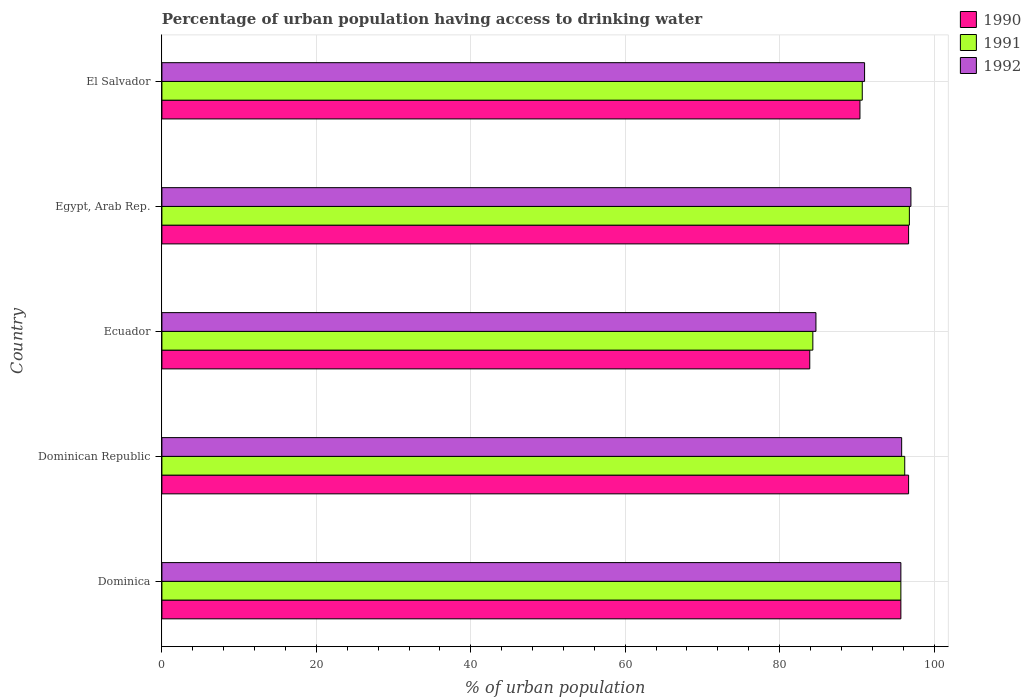
| Country | 1990 | 1991 | 1992 |
 | --- | --- | --- | --- |
 | Dominica | 95.7 | 95.7 | 95.7 |
 | Dominican Republic | 96.7 | 96.2 | 95.8 |
 | Ecuador | 83.9 | 84.3 | 84.7 |
 | Egypt, Arab Rep. | 96.7 | 96.8 | 97 |
 | El Salvador | 90.4 | 90.7 | 91 |